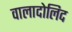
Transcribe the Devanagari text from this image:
वालादोलिद